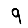
Digit: 9